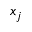
x _ { j }